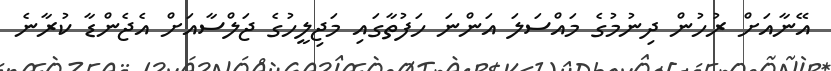
އޭނާއަށް ރުހުން ދިނުމުގެ މައްސަލަ އަންނަ ހަފުތާގައި މަޖިލީހުގެ ޖަލްސާއަށް އެޖެންޑާ ކުރާނެ